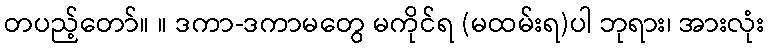
တပည့်တော်။ ။ ဒကာ-ဒကာမတွေ မကိုင်ရ (မထမ်းရ)ပါ ဘုရား၊ အားလုံး